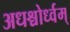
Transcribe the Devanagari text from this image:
अधश्चोर्ध्वम्